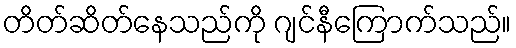
တိတ်ဆိတ်နေသည်ကို ဂျင်နီကြောက်သည်။